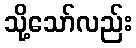
သို့သော်လည်း